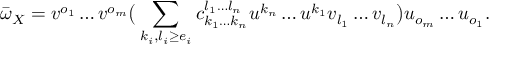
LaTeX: \bar { \omega } _ { X } = v ^ { o _ { 1 } } \dots v ^ { o _ { m } } \big ( \sum _ { k _ { i } , l _ { i } \ge e _ { i } } c _ { k _ { 1 } \dots k _ { n } } ^ { l _ { 1 } \dots l _ { n } } u ^ { k _ { n } } \dots u ^ { k _ { 1 } } v _ { l _ { 1 } } \dots v _ { l _ { n } } \big ) u _ { o _ { m } } \dots u _ { o _ { 1 } } .